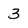
Character: 3